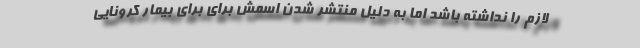
لازم را نداشته باشد اما به دلیل منتشر شدن اسمش برای برای بیمار کرونایی